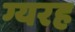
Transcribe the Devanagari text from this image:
ग्यरह